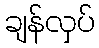
ချန်လှပ်